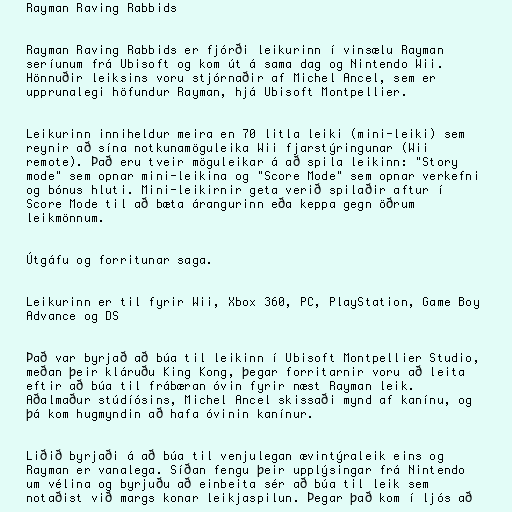
Rayman Raving Rabbids

Rayman Raving Rabbids er fjórði leikurinn í vinsælu Rayman
seríunum frá Ubisoft og kom út á sama dag og Nintendo Wii.
Hönnuðir leiksins voru stjórnaðir af Michel Ancel, sem er
upprunalegi höfundur Rayman, hjá Ubisoft Montpellier.

Leikurinn inniheldur meira en 70 litla leiki (mini-leiki) sem
reynir að sína notkunamöguleika Wii fjarstýringunar (Wii
remote). Það eru tveir möguleikar á að spila leikinn: "Story
mode" sem opnar mini-leikina og "Score Mode" sem opnar verkefni
og bónus hluti. Mini-leikirnir geta verið spilaðir aftur í
Score Mode til að bæta árangurinn eða keppa gegn öðrum
leikmönnum.

Útgáfu og forritunar saga.

Leikurinn er til fyrir Wii, Xbox 360, PC, PlayStation, Game Boy
Advance og DS

Það var byrjað að búa til leikinn í Ubisoft Montpellier Studio,
meðan þeir kláruðu King Kong, þegar forritarnir voru að leita
eftir að búa til frábæran óvin fyrir næst Rayman leik.
Aðalmaður stúdíósins, Michel Ancel skissaði mynd af kanínu, og
þá kom hugmyndin að hafa óvinin kanínur.

Liðið byrjaði á að búa til venjulegan ævintýraleik eins og
Rayman er vanalega. Síðan fengu þeir upplýsingar frá Nintendo
um vélina og byrjuðu að einbeita sér að búa til leik sem
notaðist við margs konar leikjaspilun. Þegar það kom í ljós að